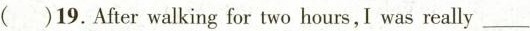
( )19. After walking for two hours,I was really ___